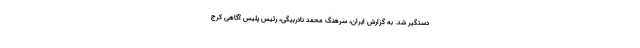
دستگیر شد. به گزارش ایران، سرهنگ محمد نادربیگی، رئیس پلیس آگاهی کرج